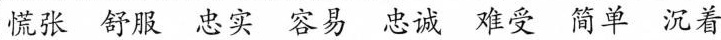
慌张 舒服 忠实 容易 忠诚 难受 简单 沉着